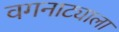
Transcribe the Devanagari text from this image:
वगनाट्याला